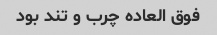
فوق العاده چرب و تند بود